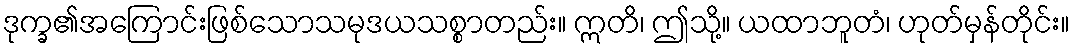
ဒုက္ခ၏အကြောင်းဖြစ်သောသမုဒယသစ္စာတည်း။ ဣတိ၊ ဤသို့။ ယထာဘူတံ၊ ဟုတ်မှန်တိုင်း။